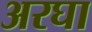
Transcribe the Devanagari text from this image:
अरघा